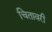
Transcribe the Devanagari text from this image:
चितावरी